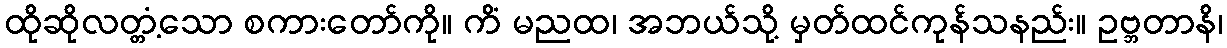
ထိုဆိုလတ္တံ့သော စကားတော်ကို။ ကိံ မညထ၊ အဘယ်သို့ မှတ်ထင်ကုန်သနည်း။ ဥဗ္ဘတာနိ၊